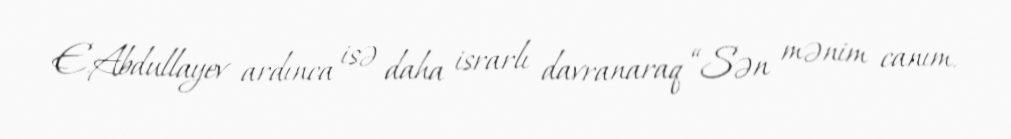
E.Abdullayev ardınca isə daha israrlı davranaraq “Sən mənim canım.